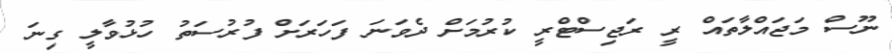
ނޫސް މަޖައްލާތައް ރީ ރަޖިސްޓްރީ ކުރުމަށް ދެވަނަ ފަހަރަށް ފުރުސަތު ހުޅުވާލީ ގިނަ